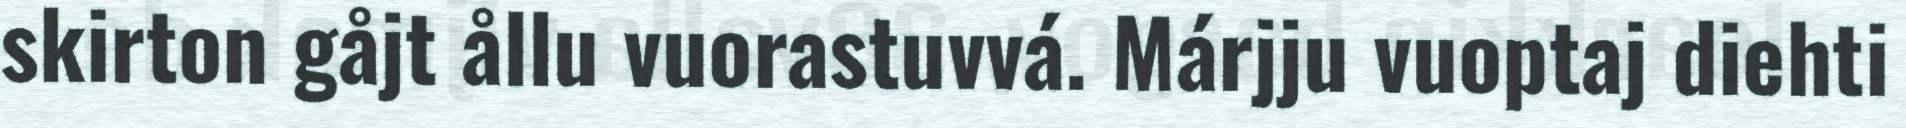
skirton gåjt ållu vuorastuvvá. Márjju vuoptaj diehti